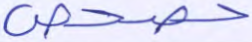
حصحص